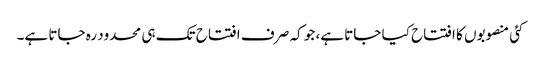
کئی منصوبوں کا افتتاح کیا جاتا ہے، جو کہ صر ف افتتاح تک ہی محدود رہ جاتا ہے۔